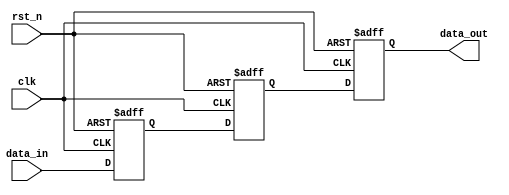
module meta_stability_filter (
    input wire clk,          // Clock signal
    input wire rst_n,       // Asynchronous active-low reset
    input wire data_in,     // Input signal (asynchronous)
    output reg data_out      // Filtered output signal (synchronized)
);

    // Internal signals for the double flip-flop synchronizer
    reg ff1, ff2;

    // Double Flip-Flop Synchronizer
    always @(posedge clk or negedge rst_n) begin
        if (!rst_n) begin
            ff1 <= 1'b0;    // Initialize ff1 to 0 on reset
            ff2 <= 1'b0;    // Initialize ff2 to 0 on reset
            data_out <= 1'b0; // Initialize output to 0 on reset
        end else begin
            ff1 <= data_in;  // Sample data_in on the rising edge of clk
            ff2 <= ff1;      // Sample ff1 on the next rising edge of clk
            data_out <= ff2; // Output the value of ff2
        end
    end

endmodule